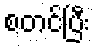
စတင်ပြီး